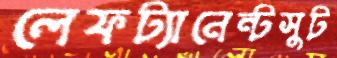
লেফট্যানেন্টসুট